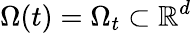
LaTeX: \Omega(t)=\Omega_{t}\subset\mathbb{R}^{d}